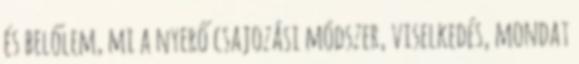
és belőlem, mi a nyerő csajozási módszer, viselkedés, mondat